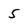
Character: 5